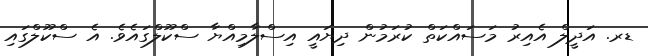
ޑރ. އަދީލް އެއިރު މަސައްކަތް ކުރަމުން ދިޔައީ އިސްލާމިއްޔާ ސްކޫލްގައެވެ. އެ ސްކޫލްގައި